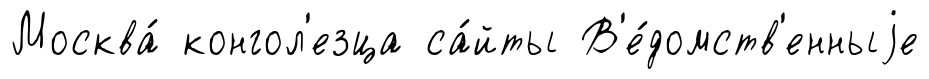
Москва́ конгол'езца са́йты В'е́домств'енныjе